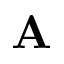
\mathbf { A }